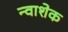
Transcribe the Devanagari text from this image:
न्वाशेक